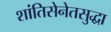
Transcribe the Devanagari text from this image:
शांतिसेनेतसुद्धा